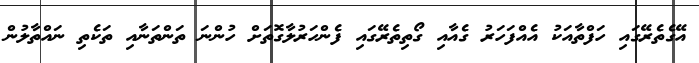
އޭގެތެރޭގައި ހަފްތާއަކު އެއްފަހަރު ގެއާއި ގޯތިތެރޭގައި ފެންހަރުލާގޮތަށް ހުންނަ ތަންތަނާއި ތަކެތި ނައްތާލުން